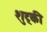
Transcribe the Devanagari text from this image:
शुट्की